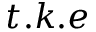
t . k . e